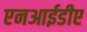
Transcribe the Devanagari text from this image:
एनआईडीए